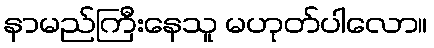
နာမည်ကြီးနေသူ မဟုတ်ပါလော။